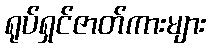
ရုပ်ရှင်ဇာတ်ကားများ